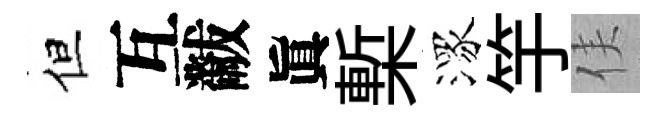
但互黻眞槧潈竽侯